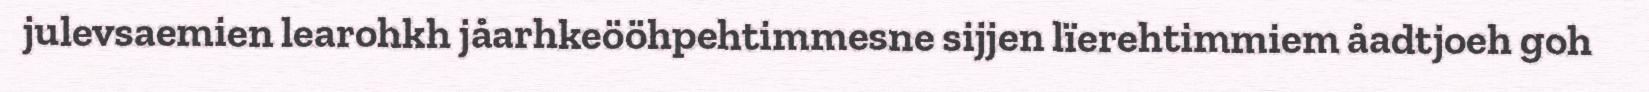
julevsaemien learohkh jåarhkeööhpehtimmesne sijjen lïerehtimmiem åadtjoeh goh